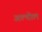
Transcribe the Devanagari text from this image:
अल्गोल